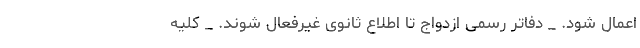
اعمال شود. _ دفاتر رسمی ازدواج تا اطلاع ثانوی غیرفعال شوند. _ کلیه